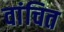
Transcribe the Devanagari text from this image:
वांचित